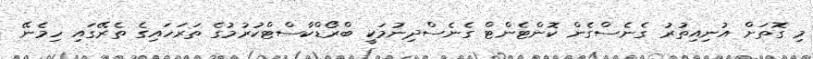
މި ގޮތަށް އުނިއިތުރު ގެނެސްގެން ކޮންޓެންޓް ގެނެސްދިނުމަކީ ބްރޯޑްކާސްޓްކުރުމުގެ ތަރަހައިގެ ތެރޭގައި ހިމެނޭ